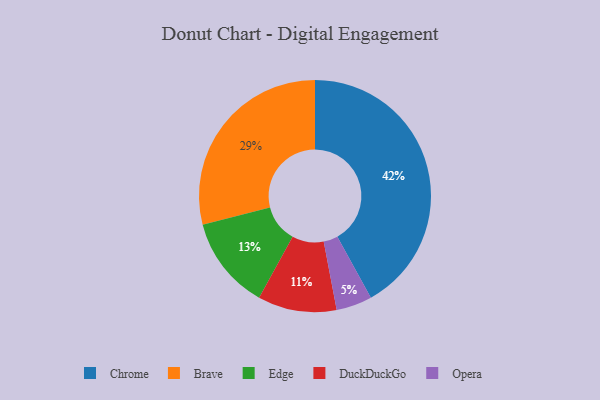
{"axis": {"x": "Category", "y": "Percentage"}, "legend": ["Brave", "Chrome", "DuckDuckGo", "Edge", "Opera"], "data": [{"x": "Brave", "y": 29, "type": "Brave"}, {"x": "Chrome", "y": 42, "type": "Chrome"}, {"x": "Edge", "y": 13, "type": "Edge"}, {"x": "Opera", "y": 5, "type": "Opera"}, {"x": "DuckDuckGo", "y": 11, "type": "DuckDuckGo"}]}